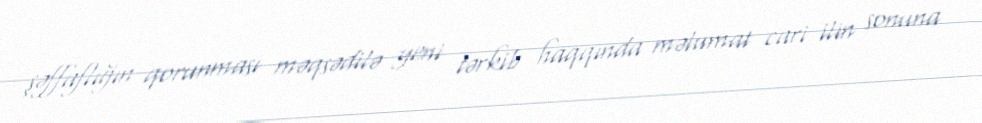
şəffaflığın qorunması məqsədilə yeni tərkib haqqında məlumat cari ilin sonuna